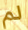
لم